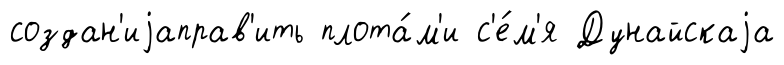
создан'иjаправ'ить плота́м'и с'е́м'я Дунайскаjа